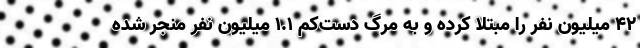
۴۲ میلیون نفر را مبتلا کرده و به مرگ دست‌کم ۱.۱ میلیون نفر منجر شده